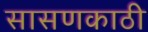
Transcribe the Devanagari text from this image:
सासणकाठी